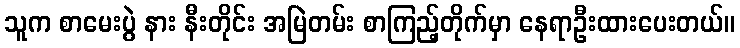
သူက စာမေးပွဲ နား နီးတိုင်း အမြဲတမ်း စာကြည့်တိုက်မှာ နေရာဦးထားပေးတယ်။